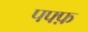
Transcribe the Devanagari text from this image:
पफ्फ़